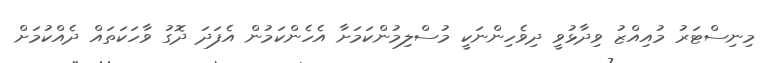
މިނިސްޓަރު މުއިއްޒު ވިދާޅުވީ ދިވެހިންނަކީ މުސްލިމުންކަމަށާ އެހެންކަމުން އެފަދަ ދޮގު ވާހަކަތައް ދެއްކުމަށް